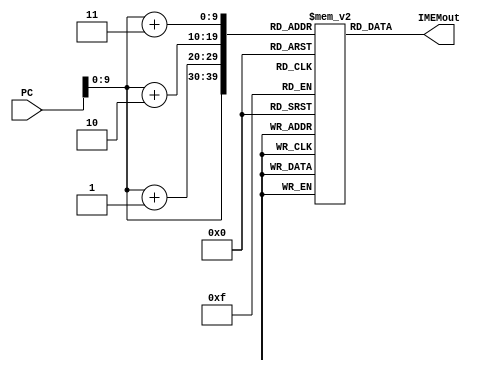
`timescale 1ns / 1ns
    
    module IMEM(PC, IMEMout);
        input [31:0] PC;
        output reg [31:0] IMEMout;
        reg [7:0] byte[1000:0];
            initial begin
                         byte[0] = 8'h06;
                         byte[1] = 8'h40;
                         byte[2] = 8'h02;
                         byte[3] = 8'h93;
                         
                         byte[4] = 8'h00;
                         byte[5] = 8'h00;
                         byte[6] = 8'h81;
                         byte[7] = 8'h13;
                         
                         byte[8] = 8'h00;
                         byte[9] = 8'h11;
                         byte[10] = 8'h01;
                         byte[11] = 8'h93;
                         
                         byte[12] = 8'h00;
                         byte[13] = 8'h01;
                         byte[14] = 8'h02;
                         byte[15] = 8'h13;
                         
                         byte[16] = 8'h00;
                         byte[17] = 8'h21;
                         byte[18] = 8'h81;
                         byte[19] = 8'hB3;
                         
                         byte[20] = 8'hFE;
                         byte[21] = 8'h52;
                         byte[22] = 8'h58;
                         byte[23] = 8'hE3;
                         
                         byte[24] = 8'h00;
                         byte[25] = 8'h31;
                         byte[26] = 8'h01;
                         byte[27] = 8'h33;
                         
                         byte[28] = 8'h40;
                         byte[29] = 8'h31;
                         byte[30] = 8'h01;
                         byte[31] = 8'hB3;
                         
                         byte[32] = 8'h40;
                         byte[33] = 8'h31;
                         byte[34] = 8'h01;
                         byte[35] = 8'h33;
                         
                         byte[36] = 8'hFE;
                         byte[37] = 8'h9F;
                         byte[38] = 8'hF3;
                         byte[39] = 8'h6F;
                                                  
                         byte[40] = 8'h00;
                         byte[41] = 8'h00;
                         byte[42] = 8'h00;
                         byte[43] = 8'h00;
                         byte[44] = 8'h00;
                         byte[45] = 8'h00;
                         byte[46] = 8'h00;
                         byte[47] = 8'h00;                                                
                         byte[48] = 8'h00;
                         byte[49] = 8'h00;
                         byte[50] = 8'h00;
                         byte[51] = 8'h00;
                    end
        always @ (PC) begin
            IMEMout[31:24] = byte[PC];
            IMEMout[23:16] = byte[PC+1];
            IMEMout[15:8] = byte[PC+2];
            IMEMout[7:0] = byte[PC+3];
        end
    endmodule